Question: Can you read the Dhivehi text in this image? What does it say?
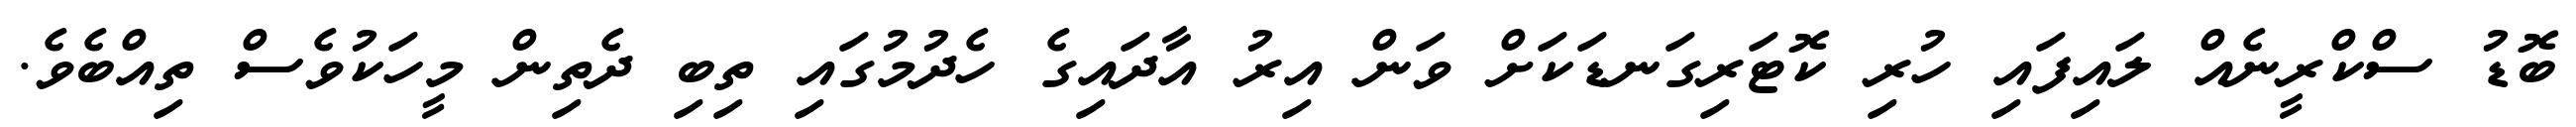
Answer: ބޮޑު ސްކްރީނެއް ލައިފައި ހުރި ކޮޓަރިގަނޑަކަށް ވަން އިރު އާދައިގެ ހެދުމުގައި ތިބި ދެތިން މީހަކުވެސް ތިއްބެވެ.